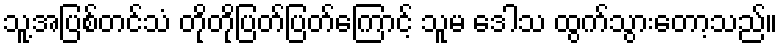
သူ့အပြစ်တင်သံ တိုတိုပြတ်ပြတ်ကြောင့် သူမ ဒေါသ ထွက်သွားတော့သည်။